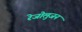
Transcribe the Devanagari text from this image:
रेजोलुजन